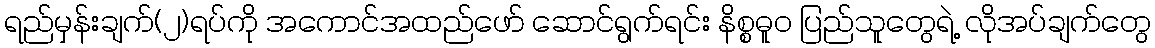
ရည်မှန်းချက်(၂)ရပ်ကို အကောင်အထည်ဖော် ဆောင်ရွက်ရင်း နိစ္စဓူဝ ပြည်သူတွေရဲ့ လိုအပ်ချက်တွေ